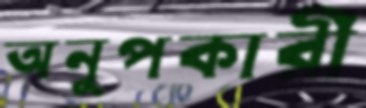
অনুপকারী